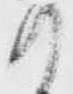
て